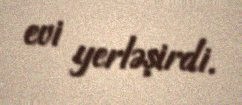
evi yerləşirdi.